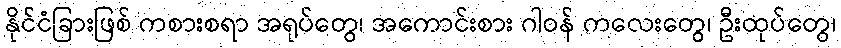
နိုင်ငံခြားဖြစ် ကစားစရာ အရုပ်တွေ၊ အကောင်းစား ဂါဝန် ကလေးတွေ၊ ဦးထုပ်တွေ၊